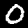
Label: 0